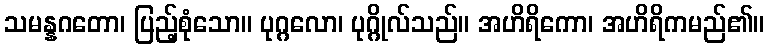
သမန္နဂတော၊ ပြည့်စုံသော။ ပုဂ္ဂလော၊ ပုဂ္ဂိုလ်သည်။ အဟိရိကော၊ အဟိရိကမည်၏။